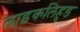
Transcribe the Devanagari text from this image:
लाइकलिहुड